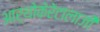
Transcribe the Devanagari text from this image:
आर्थोकेरेटालाजी